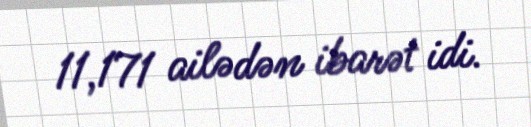
11,171 ailədən ibarət idi.